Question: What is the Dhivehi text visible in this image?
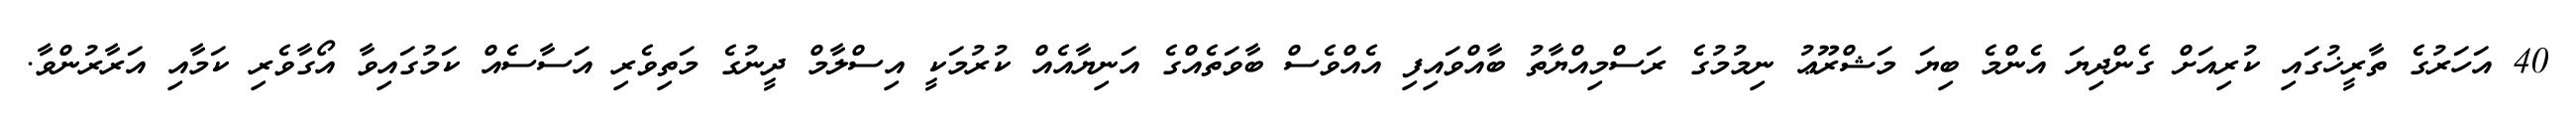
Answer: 40 އަހަރުގެ ތާރީޚުގައި ކުރިއަށް ގެންދިޔަ އެންމެ ބިޔަ މަޝްރޫޢު ނިމުމުގެ ރަސްމިއްޔާތު ބާއްވައިފި އެއްވެސް ބާވަތެއްގެ އަނިޔާއެއް ކުރުމަކީ އިސްލާމް ދީނުގެ މަތިވެރި އަސާސެއް ކަމުގައިވާ އޯގާވެރި ކަމާއި އަރާރުންވާ.